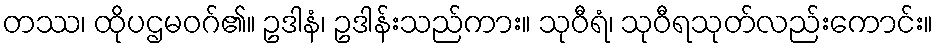
တဿ၊ ထိုပဌမဝဂ်၏။ ဥဒါနံ၊ ဥဒါန်းသည်ကား။ သုဝီရံ၊ သုဝီရသုတ်လည်းကောင်း။